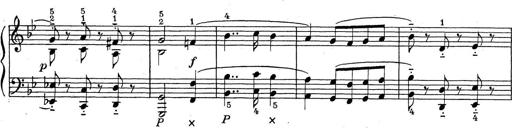
Title: ÄŒeskÃ© Sonatiny
Composer: Various